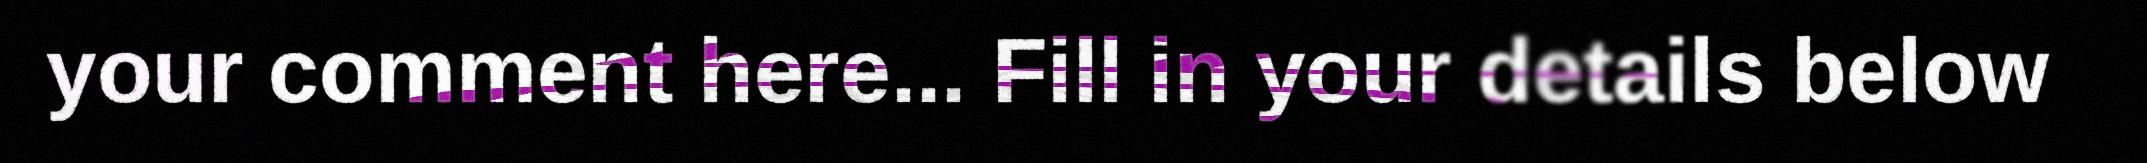
your comment here... Fill in your details below